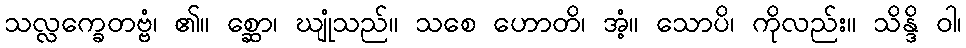
သလ္လက္ခေတဗ္ဗံ၊ ၏။ စ္ဆော၊ ဃျုံသည်။ သစေ ဟောတိ၊ အံ့။ သောပိ၊ ကိုလည်း။ သိန္ဒိ ဝါ၊